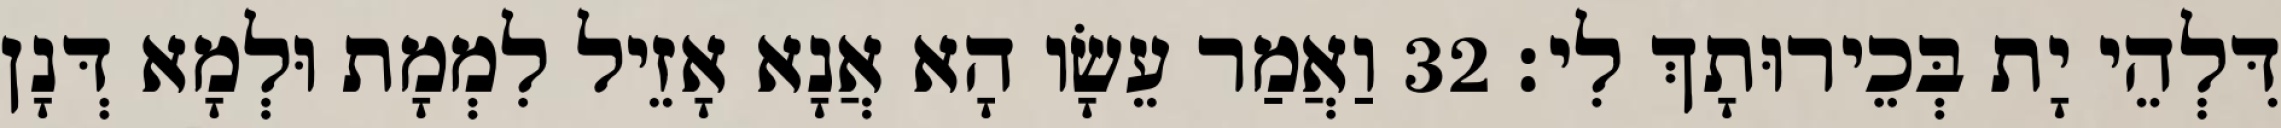
דִּלְהֵי יָת בְּכֵירוּתָךְ לִי׃ 32 וַאֲמַר עֵשָׂו הָא אֲנָא אָזֵיל לִמְמָת וּלְמָא דְּנָן